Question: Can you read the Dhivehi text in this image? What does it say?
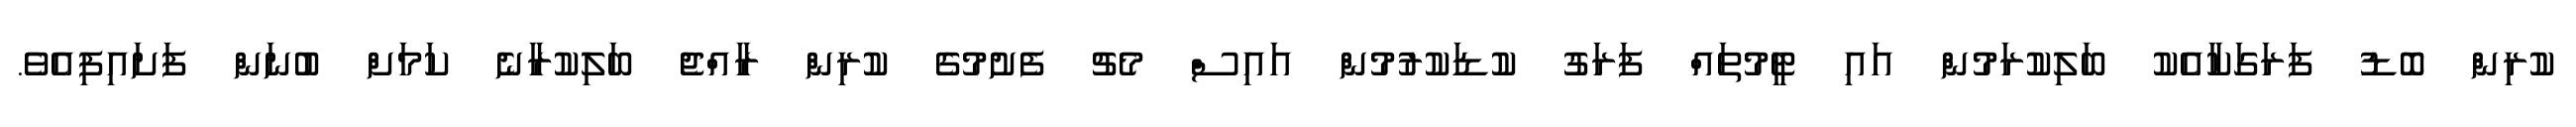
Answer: ކުރިން ބޮޑު ފަރަގަކާއެކު ބަލިކުރަމުން އައި ޓީމުތައް ފަރަގު ކުޑަކުރުމުން އައިސް މެޗު ފެށުމުގެ ކުރިން ރާއްޖެ ބަލިކުރާނެ ކަމަށް ބުނަން ފަށައިފިއެވެ.